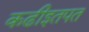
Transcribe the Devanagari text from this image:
कढीइतपत